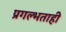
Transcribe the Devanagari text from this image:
प्रगल्भताही